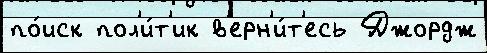
по́иск пол'и́т'ик в'ерн'и́т'есь Джордж